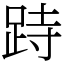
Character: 跱